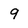
Character: 9